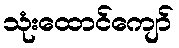
သုံးထောင်ကျော်